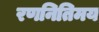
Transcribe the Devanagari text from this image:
रणनितिमय